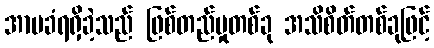
အာမခံရရှိခဲ့သည် ဖြစ်တည်မှုတစ်ခု အသိစိတ်တစ်ခုဖြင့်